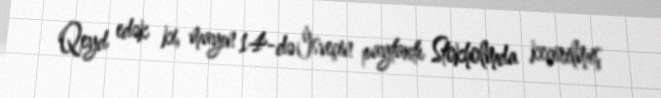
Qeyd edək ki, mayın 14-də İsveçin paytaxtı Stokholmda keçirilmiş